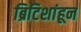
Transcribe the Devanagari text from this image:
ब्रिटिशांहून